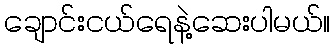
ချောင်းငယ်ရေနဲ့ဆေးပါမယ်။